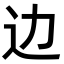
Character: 边